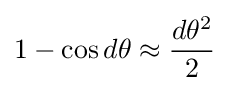
1-\cos d\theta \approx {\frac {d\theta ^{2}}{2}}